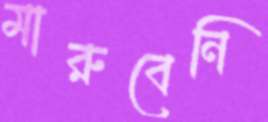
মারুবেনি